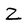
Character: Z